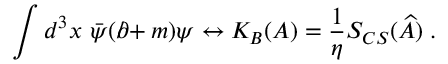
\int d ^ { 3 } x ~ \bar { \psi } ( \partial \! \! \! / + m ) \psi \leftrightarrow K _ { B } ( A ) = \frac 1 \eta S _ { C S } ( \widehat { A } ) \; .